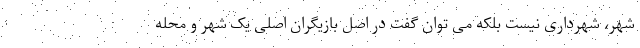
شهر، شهرداری نیست بلکه می توان گفت در اصل بازیگران اصلی یک شهر و محله